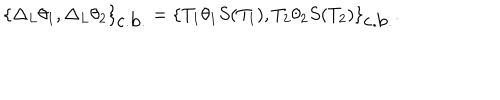
\{ \Delta _ { L } \theta _ { 1 } , \Delta _ { L } \theta _ { 2 } \} _ { \mathrm { c . b . } } = \{ T _ { 1 } \theta _ { 1 } S ( T _ { 1 } ) , T _ { 2 } \theta _ { 2 } S ( T _ { 2 } ) \} _ { \mathrm { c . b . } } .